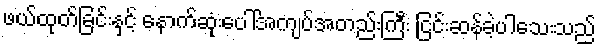
ဖယ်ထုတ်ခြင်းနှင့် နောက်ဆုံးပေါ်အကျပ်အတည်းကြီး ငြင်းဆန်ခဲ့ပါသေးသည်